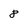
Character: 8